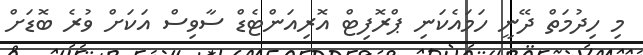
މި ހިދުމަތް ދޭނީ ހަމައެކަނި ޕްރޮފިޓް އޮރިއަންޓެޑް ސާވިސް އަކަށް ވުރެ ބޮޑަށް